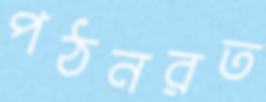
পঠনরত